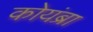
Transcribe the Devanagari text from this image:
कोयंब्रा